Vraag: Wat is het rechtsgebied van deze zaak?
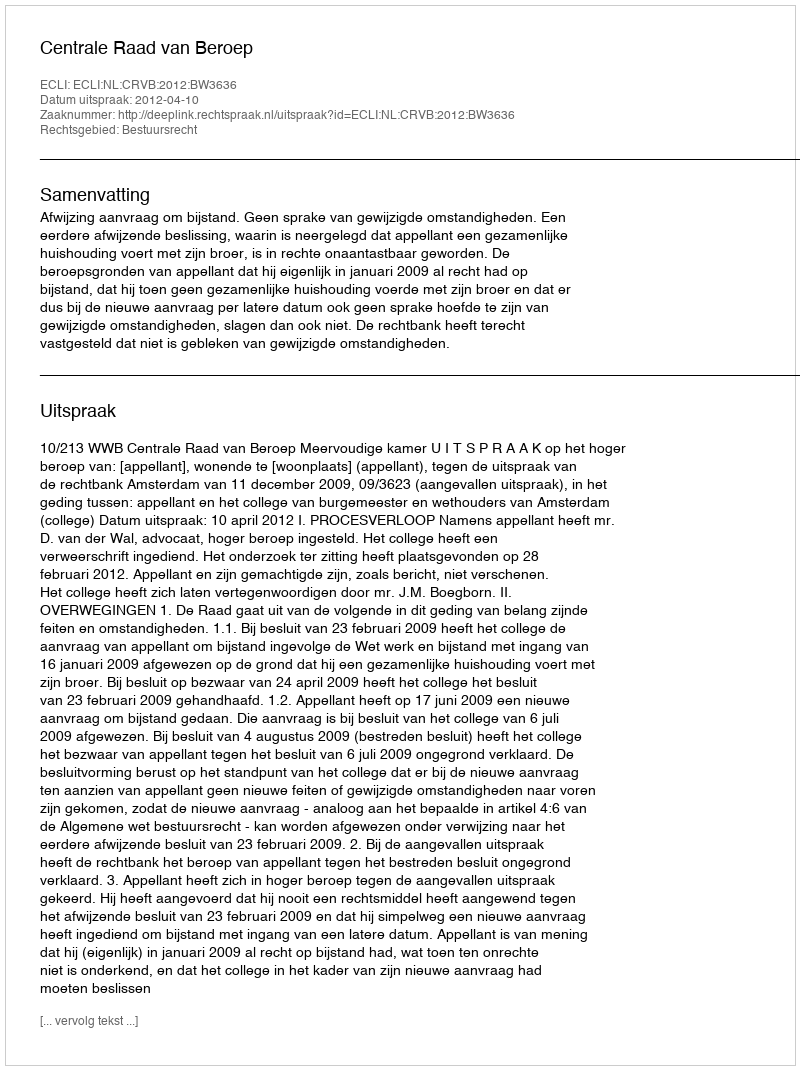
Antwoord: Bestuursrecht